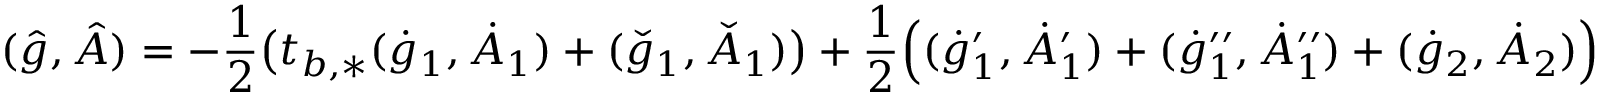
( \hat { g } , \hat { A } ) = - \frac { 1 } { 2 } \big ( t _ { b , * } ( \dot { g } _ { 1 } , \dot { A } _ { 1 } ) + ( \check { g } _ { 1 } , \check { A } _ { 1 } ) \big ) + \frac 1 2 \Big ( ( \dot { g } _ { 1 } ^ { \prime } , \dot { A } _ { 1 } ^ { \prime } ) + ( \dot { g } _ { 1 } ^ { \prime \prime } , \dot { A } _ { 1 } ^ { \prime \prime } ) + ( \dot { g } _ { 2 } , \dot { A } _ { 2 } ) \Big )